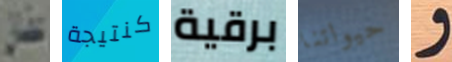
عفان كنتيجة برقية حيواتنا و